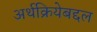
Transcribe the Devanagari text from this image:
अर्थक्रियेबद्दल